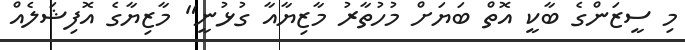
މި ސީޒަންގެ ބާކީ އޮތް ބަޔަށް މުހުތާރު މާޒިޔާއާ ގުޅުނީ" މާޒިޔާގެ އޮފިޝަލެއް